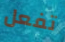
تفعل